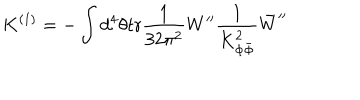
K ^ { ( 1 ) } = - \int d ^ { 4 } \theta \mathrm { t r } \frac { 1 } { 3 2 \pi ^ { 2 } } W ^ { \prime \prime } \frac { 1 } { K _ { \Phi \bar { \Phi } } ^ { 2 } } \bar { W } ^ { \prime \prime }